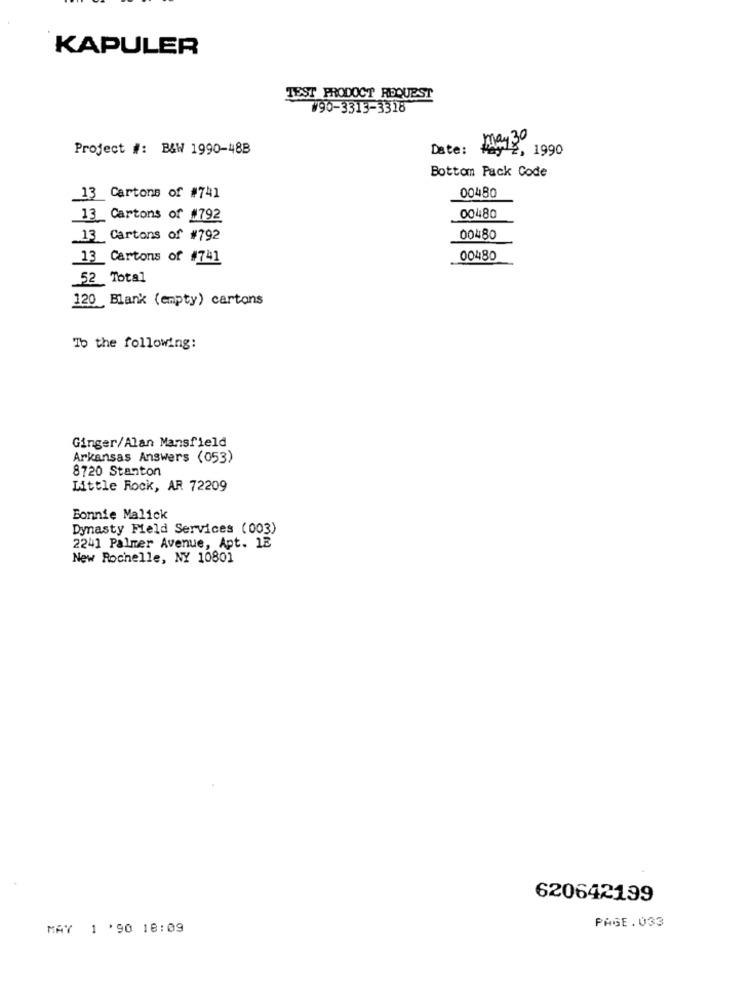
KAPULER
TEST PRODOCT REQUEST
V90-3313-3318
Project #: B&W 1990-488
Date :
19-12, 190
Bottom Pack Code
13 Cartons of #741
00480
13 Cartons of #792
00480
13 Cartons of #792
00480
_13 Cartons of #741
00480
52 Total
120 Blank (empty) cartons
To the following:
Ginger/Alan Mansfield
Arkansas Answers (053)
8720 Stanton
Little Rock, AR 72209
Bonnie Malick
Dynasty Field Services (003)
2241 Palmer Avenue, Apt. 1E
New Rochelle, NY 10801
620642199
MAY 1 '90 18:09
PAGE.033